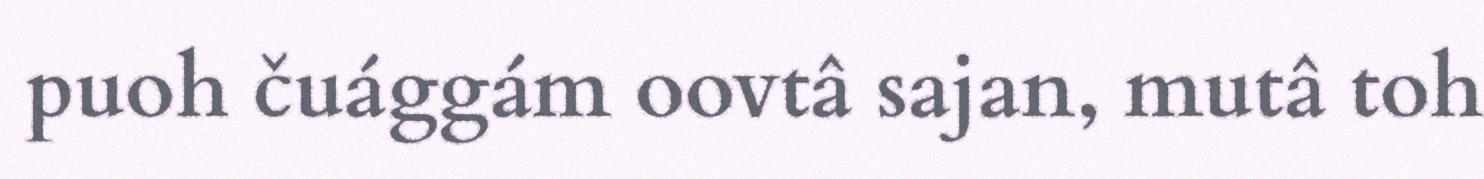
puoh čuággám oovtâ sajan, mutâ toh